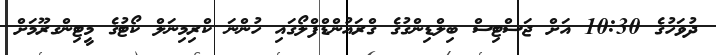
ދުވަހުގެ 10:30 އަށް ޖަސްޓިސް ބިލްޑިންގުގެ ގްރައުންޑްފްލޯގައި ހުންނަ ކްރިމިނަލް ކޯޓުގެ މީޓިންގރޫމަށް